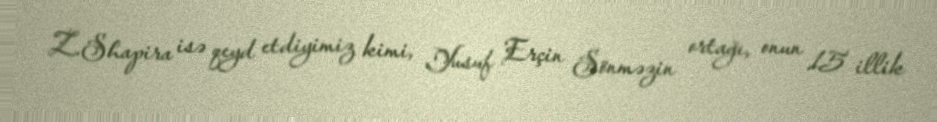
Z.Shapira isə qeyd etdiyimiz kimi, Yusuf Erçin Sönməzin ortağı, onun 15 illik